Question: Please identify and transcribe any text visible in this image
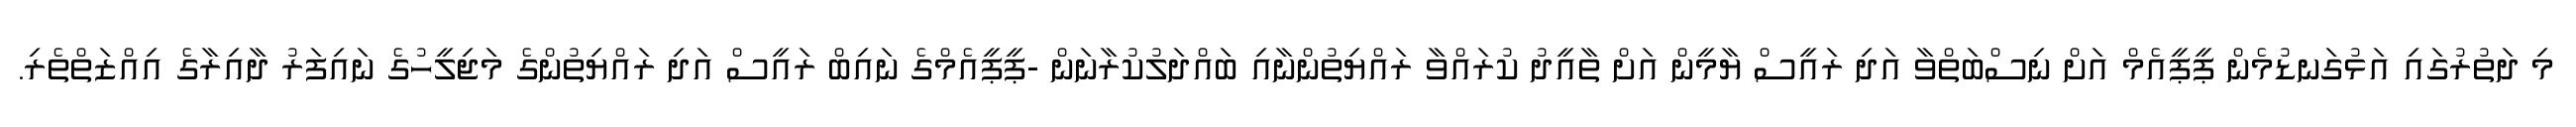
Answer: މި ދަތުރުގައި އަޅުގަނޑުމެން ޕީޕީއެމް އަށް ނިސްބަތްވާ އަދި ރައީސް ޔާމީން އަށް ތާއީދު ކުރައްވާ ރައްޔިތުންނާއި ބައްދަލުކުރާނަން -ޕީޕީއެމްގެ ނައިބް ރައީސް އަދި ރައްޔިތުންގެ މަޖިލީހުގެ ނައިފަރު ދާއިރާގެ އިއްޒަތްތެރި.